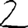
Digit: 2